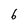
Character: 6